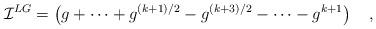
LaTeX: \begin{align*}{\cal I}^{LG} =\left(g + \cdots + g^{(k+1)/2} - g^{(k+3)/2}- \cdots -g^{k+1}\right)\quad,\end{align*}